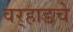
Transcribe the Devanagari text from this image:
वर्‍हाडचे